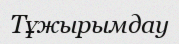
Тұжырымдау